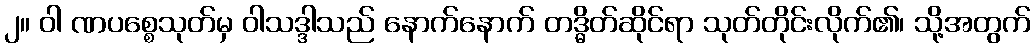
၂။ ဝါ ဏပစ္စေသုတ်မှ ဝါသဒ္ဒါသည် နောက်နောက် တဒ္ဓိတ်ဆိုင်ရာ သုတ်တိုင်းလိုက်၏၊ သို့အတွက်